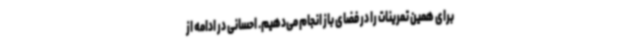
برای همین تمرینات را در فضای باز انجام می‌دهیم. احسانی در ادامه از